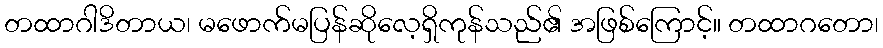
တထာဂါဒိတာယ၊ မဖောက်မပြန်ဆိုလေ့ရှိကုန်သည်၏ အဖြစ်ကြောင့်။ တထာဂတော၊